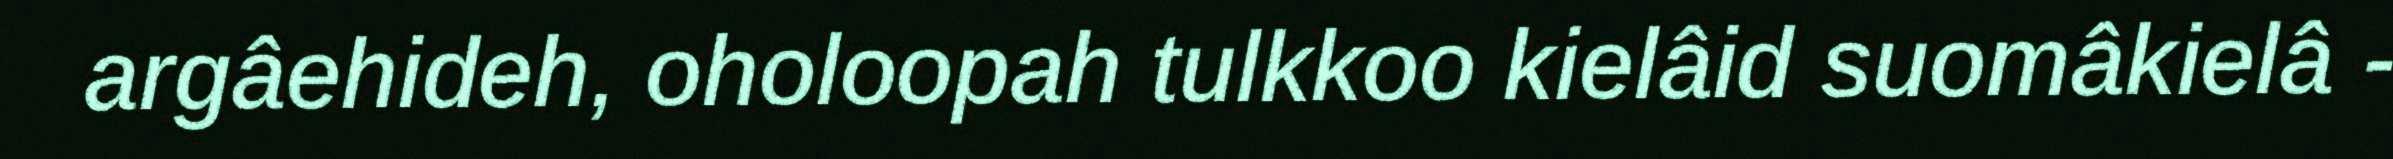
argâehideh, oholoopah tulkkoo kielâid suomâkielâ -